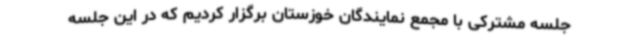
جلسه مشترکی با مجمع نمایندگان خوزستان برگزار کردیم که در این جلسه